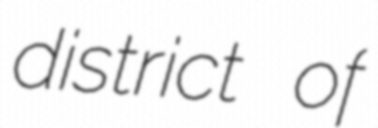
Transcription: district of